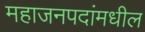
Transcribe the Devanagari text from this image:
महाजनपदांमधील